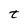
Character: t